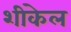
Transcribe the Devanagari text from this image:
शीकेल